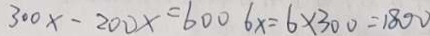
3 0 0 x - 2 0 0 x = 6 0 0 6 x = 6 \times 3 0 0 = 1 8 0 0